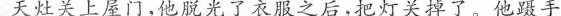
天灶关上屋门,他脱光了衣服之后，把灯关掉了。他蹑手